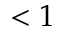
< 1